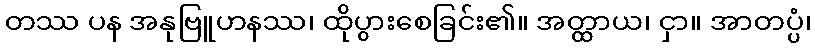
တဿ ပန အနုဗြူဟနဿ၊ ထိုပွားစေခြင်း၏။ အတ္ထာယ၊ ငှာ။ အာတပ္ပံ၊